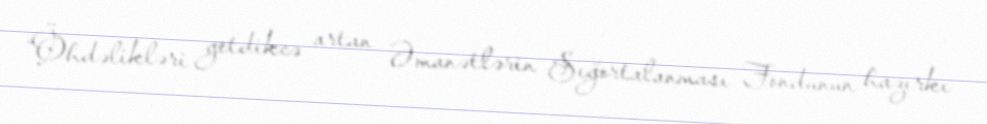
“Öhdəlikləri getdikcə artan Əmanətlərin Sığortalanması Fondunun hazırkı